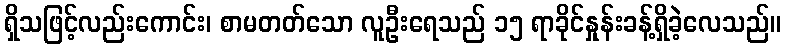
ရှိသဖြင့်လည်းကောင်း၊ စာမတတ်သော လူဦးရေသည် ၁၅ ရာခိုင်နှုန်းခန့်ရှိခဲ့လေသည်။